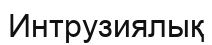
Интрузиялық